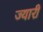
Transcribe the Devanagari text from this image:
ज्यारी